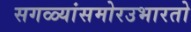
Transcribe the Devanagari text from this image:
सगळ्यांसमोरउभारतो